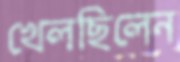
খেলছিলেন